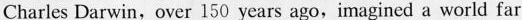
Charles Darwin,over 150 years ago,imagined a world far